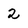
Character: 2